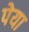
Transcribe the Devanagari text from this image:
पेया